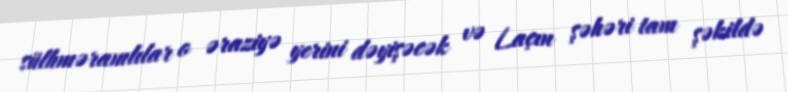
sülhməramlılar o əraziyə yerini dəyişəcək və Laçın şəhəri tam şəkildə